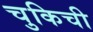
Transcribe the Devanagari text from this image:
चुकिची